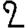
Digit: 2